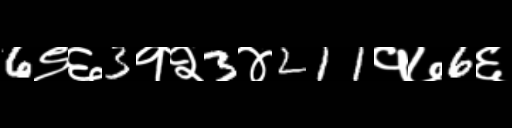
Text: 6९६3१२3४211१७6६